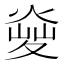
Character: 𤋬